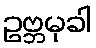
ဥဗ္ဘမုခါ